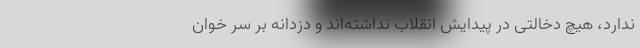
ندارد، هیچ دخالتی در پیدایش انقلاب نداشته‌اند و دزدانه بر سر خوان